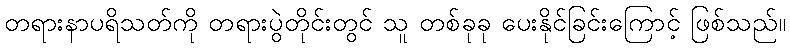
တရားနာပရိသတ်ကို တရားပွဲတိုင်းတွင် သူ တစ်ခုခု ပေးနိုင်ခြင်းကြောင့် ဖြစ်သည်။